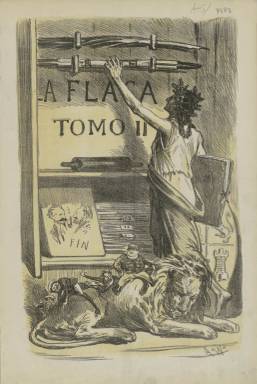
Título: La Carcajada (Barcelona)
Colección: Revistas satíricas y humorísticas || Periódicos
Ámbito geográfico: Barcelona
Lugar de publicación: Barcelona
Fechas: 17/01/1872-31/10/1872

Este semanario satírico es fruto de la suspensión de La Flaca, revista editada en Barcelona de carácter republicano, federal y anticlerical que comenzó a publicarse en 1869 y sufrió en varias ocasiones los rigores de la censura. Debido a una de estas suspensiones, comenzó a publicarse con el nombre de La Carcajada del 17 de enero de 1872 al número 37 de 31 de octubre de ese año, para recuperar posteriormente su nombre inicial de La Flaca hasta el final de la publicación en 1873.

   Los textos de La Carcajada, en castellano, aparecían sin firmar o con seudónimo precisamente para evitar la censura. Con cuatro páginas por número, al igual que su cabecera madre, el rasgo distintivo de La Carcajada era el grabado a doble página y a color en el que se caricaturiza fundamentalmente la vida política española y a sus personajes. Las ilustraciones a cuatrocromía eran de Tomás Padró i Pedret, dibujante e ilustrador catalán que falleció con tan solo 37 años. Él era también el autor de los dibujos de La Flaca.

    Padró colaboró en muchas otras publicaciones extranjeras y españolas como La Ilustración Española y Americana y sus caricaturas marcaron el estilo del caricaturismo político español del finales del siglo XIX.

  Aunque La Carcajada tenía vocación de semanario su editor, Juan Vázquez, se vio obligado a poner en la cabecera la frase ‘Saldrá cuando pueda’, en referencia sobre todo a las dificultades que le planteaba el Gobierno de turno. El corto periodo de su publicación se produjo durante el reinado de Amadeo de Saboya, quien al año siguiente abdicó a causa de la situación de desorden en que se encontraba el país, con la guerra carlista como elemento destacado.

   En el número 17 de la publicación, con fecha 3 de junio, el periódico abrió su portada con estas palabras aludiendo directamente a la censura:

    ‘Suplicamos a los Sres. suscritores tengan la bondad de dispensarnos si sufre algún retardo la publicación de nuestro semanario, pues causas completamente ajenas a nuestra voluntad y debidas a las especiales circunstancias que estamos atravesando nos impiden cumplir, con la exactitud de costumbre, nuestros compromisos con el público. Efecto de ello ha sido la recogida por orden del Sr. Gobernador de Barcelona de todos los ejemplares del número 16 y parte de los pertenecientes al número 15, si bien dicha autoridad nos ha ofrecido su devolución tan luego como cesen dichas circunstancias’.

  La Biblioteca Nacional solo posee los primeros 20 números de La Carcajada. El número 18 salió con el título de La Risotada, y el 19 con el de La Risa. Estos cambios se debían a artimañas para burlar la censura.

    En 1891 se publicará también en Barcelona una revista satírica con el mismo nombre de La Carcajada pero que no tiene nada que ver con el título descrito aquí, ya que su espíritu es muy diferente al tratarse de una revista de ideario carlista.

[Descripción publicada el 16/8/2022]